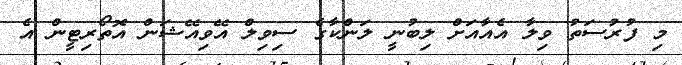
މި ފުރުސަތު ވިލާ އެއާއަށް ލިބުނީ ލަންކާގެ ސިވިލް އޭވިއޭޝަން އޮތޯރިޓީން އެ